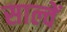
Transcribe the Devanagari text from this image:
साल्वें